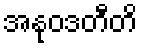
အနုဝဒတီတိ